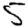
Digit: 5